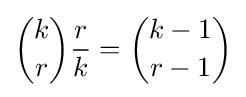
{\binom {k}{r}}{\frac {r}{k}}={\binom {k-1}{r-1}}